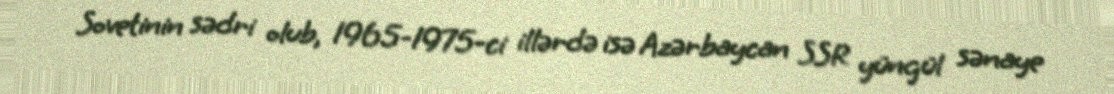
Sovetinin sədri olub, 1965-1975-ci illərdə isə Azərbaycan SSR yüngül sənaye